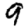
Digit: 9